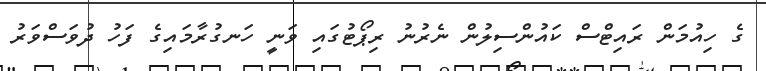
ގެ ހިއުމަން ރައިޓްސް ކައުންސިލުން ނެރުނު ރިޕޯޓުގައި ވަނީ ހަނގުރާމައިގެ ފަހު ދުވަސްވަރު